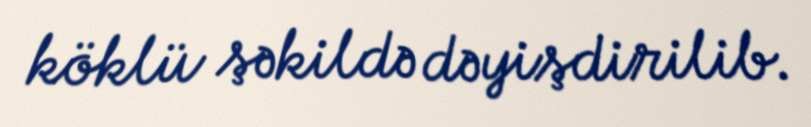
köklü şəkildə dəyişdirilib.